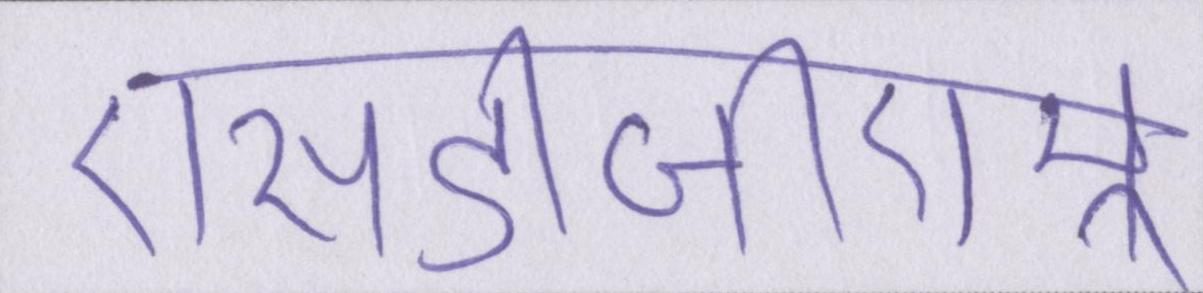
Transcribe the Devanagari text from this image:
एसडीजीएम्